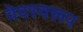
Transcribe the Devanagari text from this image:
वेदस्वरूप